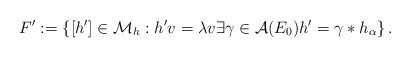
\begin{align*}F':=\left\{[h']\in\mathcal M_h : h'v = \lambda v \exists \gamma \in \mathcal A(E_0) h' = \gamma*h_{\alpha}\right\}. \end{align*}